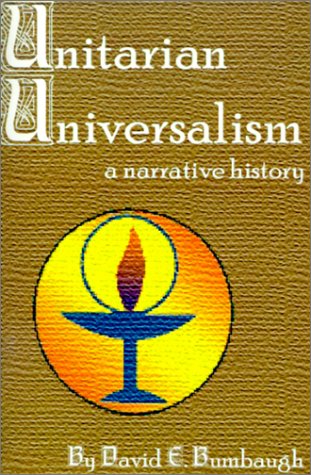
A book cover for Unitarian Universalism: A Narrative History; David E. Bumbaugh; Religion & Spirituality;